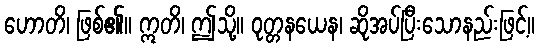
ဟောတိ၊ ဖြစ်၏။ ဣတိ၊ ဤသို့။ ဝုတ္တနယေန၊ ဆိုအပ်ပြီးသောနည်းဖြင့်။